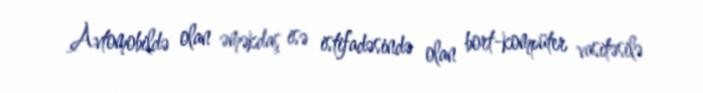
Avtomobildə olan əməkdaş isə istifadəsində olan bort-kompüter vasitəsilə